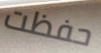
حفظت